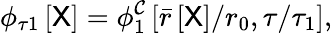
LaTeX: \phi_{\tau 1}\left[\mathsf{X}\right]=\phi_{1}^{\mathcal{C}}\left[\bar{r}\left[\mathsf{X}\right]/r_{0},\tau/\tau_{1}\right],